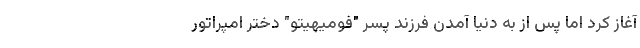
آغاز کرد اما پس از به دنیا آمدن فرزند پسر "فومیهیتو" دختر امپراتور